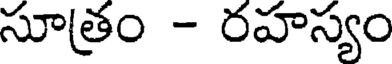
సూత్రం - రహస్యం